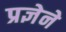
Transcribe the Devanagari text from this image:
प्रज्ञेने